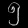
Digit: ၅